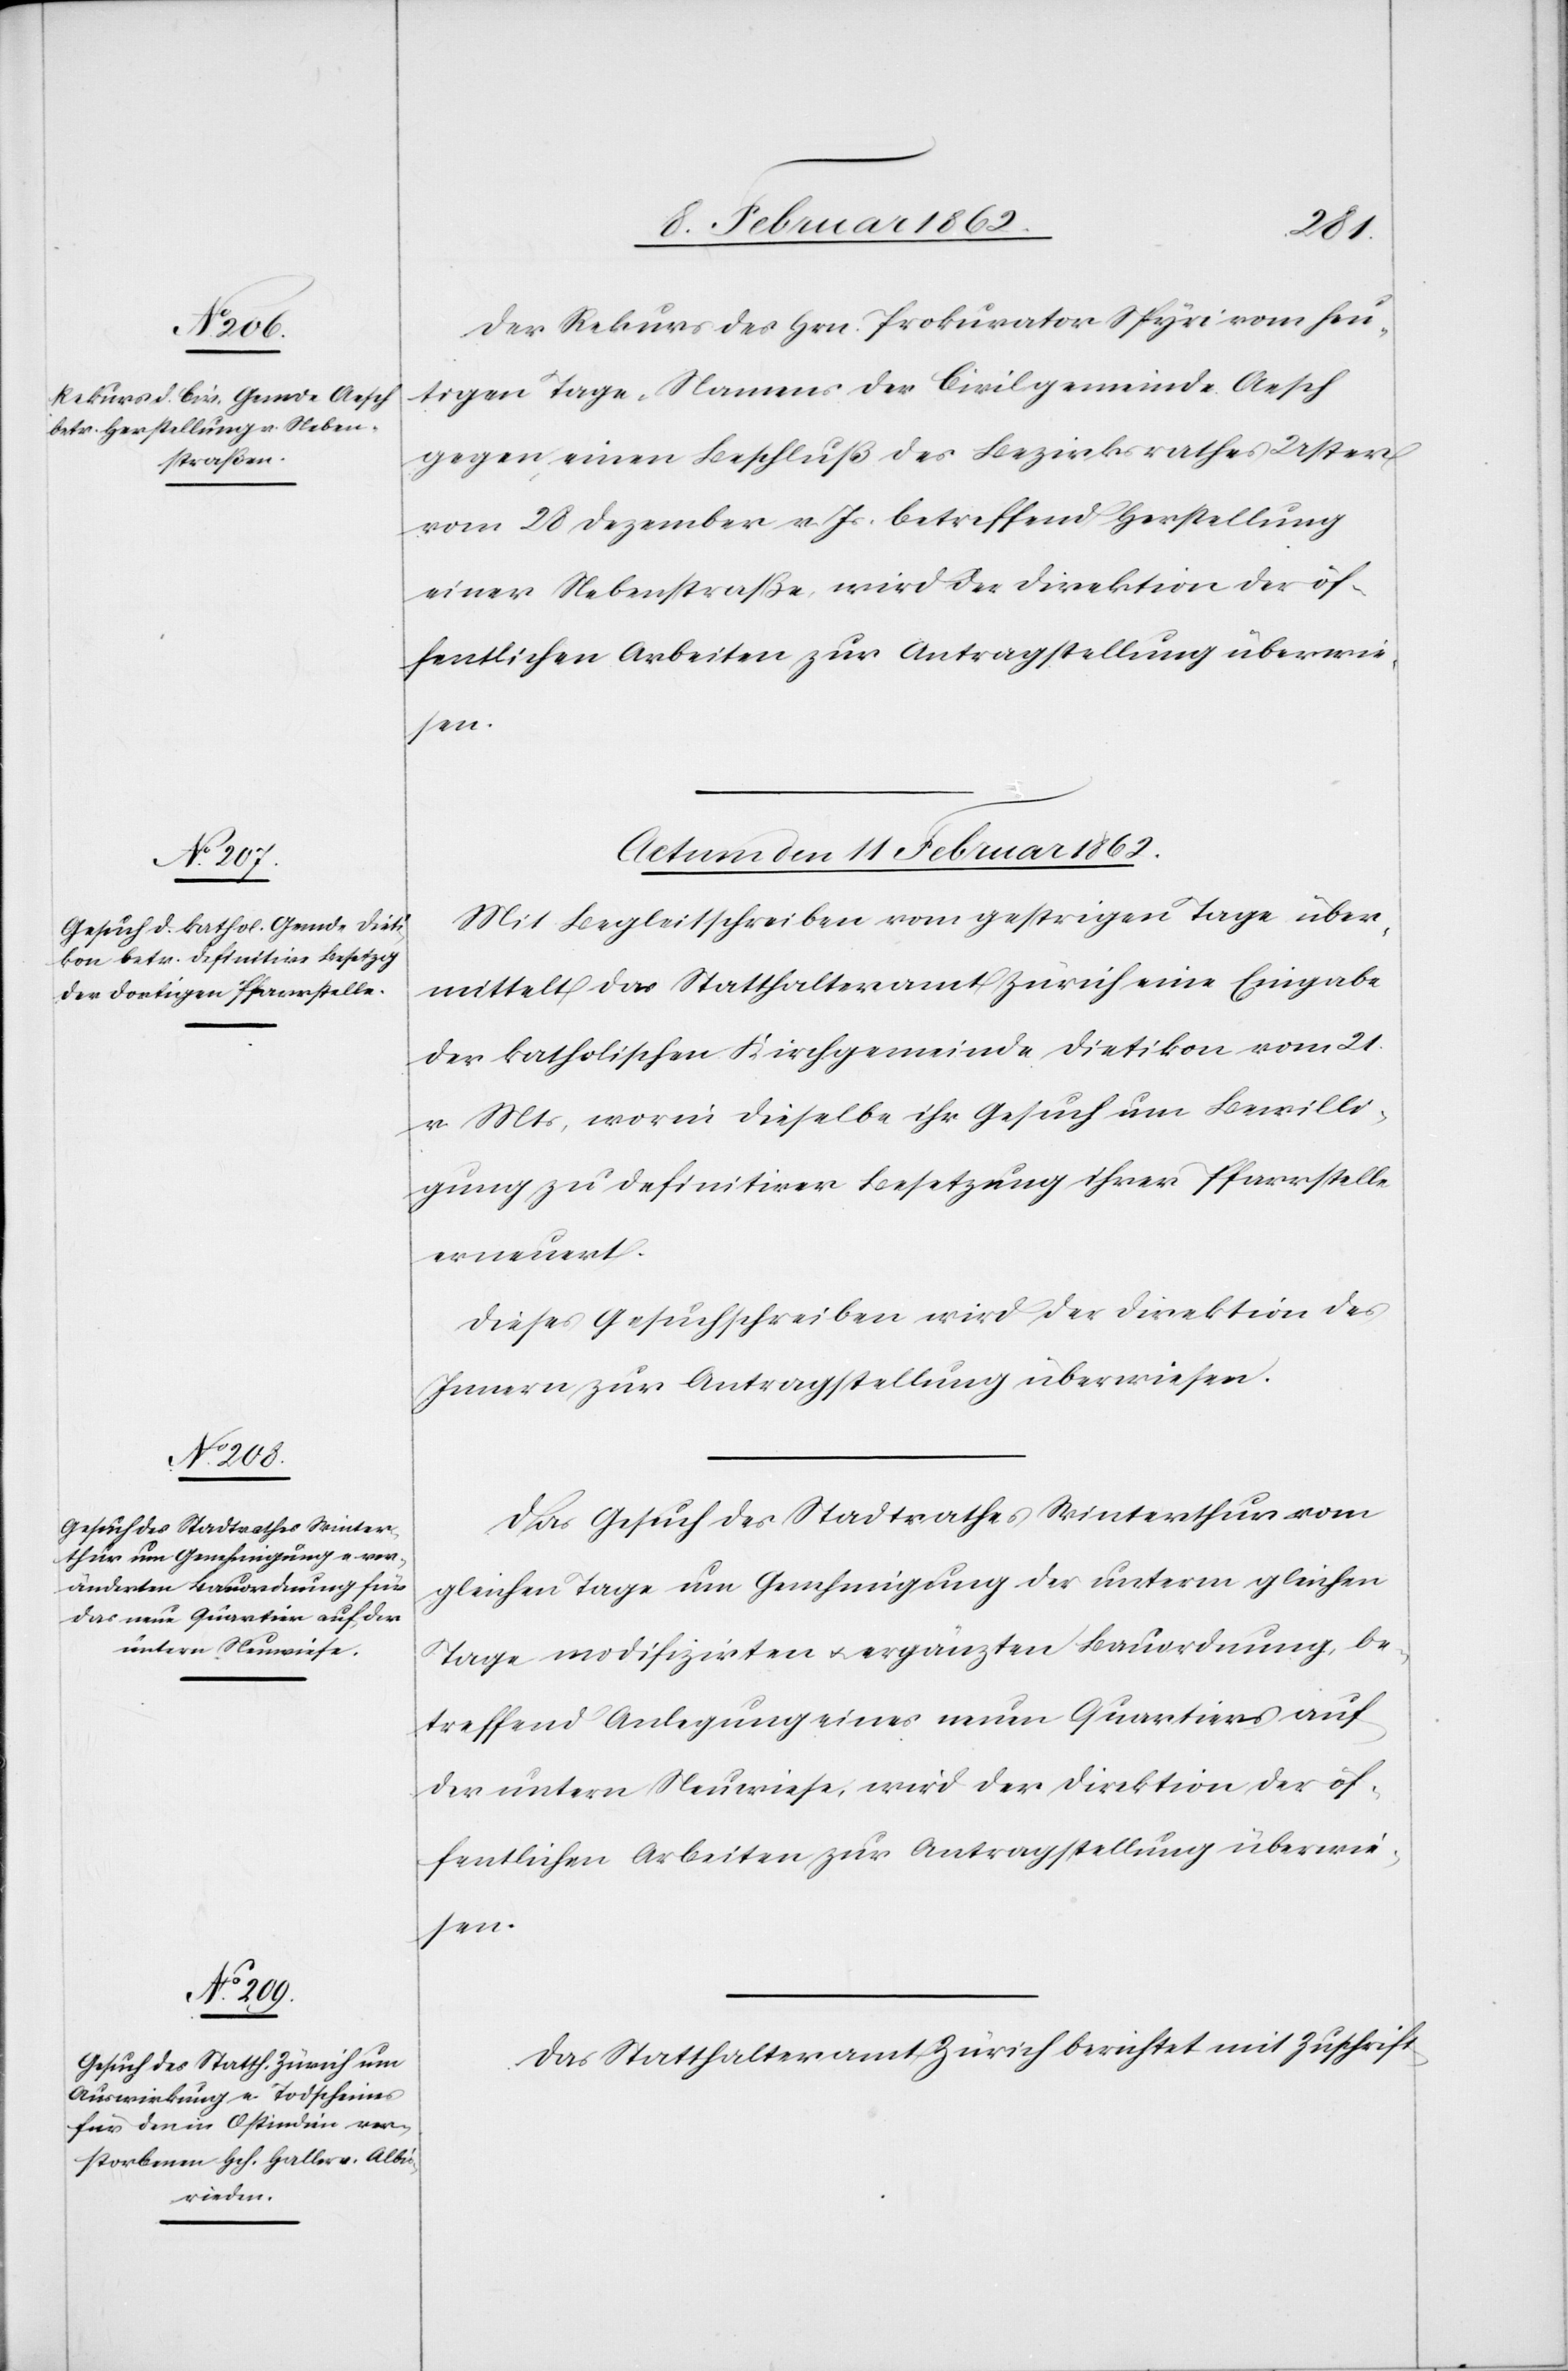
Der Rekurs des Hrn. Prokurator Spyri vom heu¬
tigen Tage, Namens der Civilgemeinde Aesch
gegen einen Beschluß des Bezirksrathes Uster
vom 28 Dezember v. Js. betreffend Herstellung
einer Nebenstraße, wird der Direktion der öf¬
fentlichen Arbeiten zur Antragstellung überwie¬
sen.
Actum den 11 Februar 1862.]
Mit Begleitschreiben vom gestrigen Tage über¬
mittelt das Statthalteramt Zürich eine Eingabe
der katholischen Kirchgemeinde Dietikon vom 21
v Mts, worin dieselbe ihr Gesuch um Bewilli¬
gung zu definitiver Besetzung ihrer Pfarrstelle
erneuert.
Dieses Gesuchschreiben wird der Direktion des
Innern zur Antragstellung überwiesen.
Das Gesuch des Stadtrathes Winterthur vom
gleichen Tage um Genehmigung der unterm gleichen
Tage modifizirten u. ergänzten Bauordnung, be¬
treffend Anlegung eunes neuen Quartiers auf
der untern Neuwiese, wird der Direktion der öf¬
fentlichen Arbeiten zur Antragstellung überwie¬
sen.
Das Statthalteramt Zürich berichtet mit Zuschrift